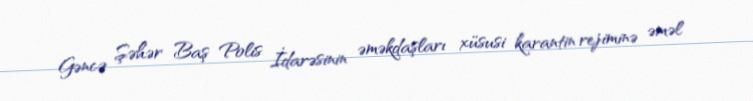
Gəncə Şəhər Baş Polis İdarəsinin əməkdaşları xüsusi karantin rejiminə əməl